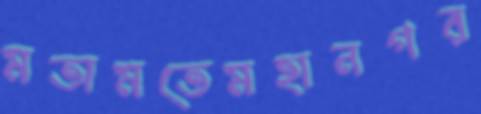
মতামতেমহানগর